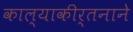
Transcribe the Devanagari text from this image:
काल्याकीर्तनाने